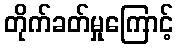
တိုက်ခတ်မှုကြောင့်